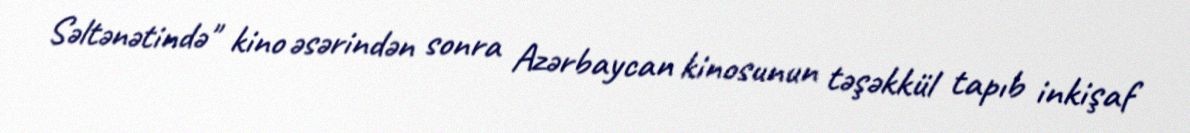
Səltənətində" kino əsərindən sonra Azərbaycan kinosunun təşəkkül tapıb inkişaf